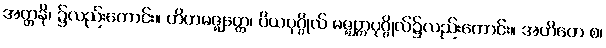
အတ္တနိ၊ ၌လည်းကောင်း။ ဟိတမဇ္ဈတ္တေ၊ ပိယပုဂ္ဂိုလ် မဇ္ဈတ္တပုဂ္ဂိုလ်၌လည်းကောင်း။ အဟိတေ စ၊